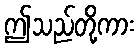
ဤသည်တို့ကား